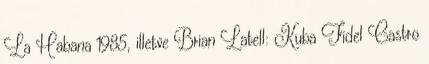
La Habana 1985, illetve Brian Latell: Kuba Fidel Castro